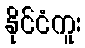
နိုင်ငံကူး